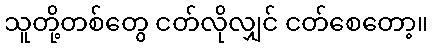
သူတို့တစ်တွေ ငတ်လိုလျှင် ငတ်စေတော့။